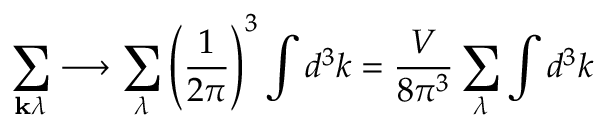
\sum _ { \mathbf { k } \lambda } \longrightarrow \sum _ { \lambda } \left( { \frac { 1 } { 2 \pi } } \right) ^ { 3 } \int d ^ { 3 } k = { \frac { V } { 8 \pi ^ { 3 } } } \sum _ { \lambda } \int d ^ { 3 } k